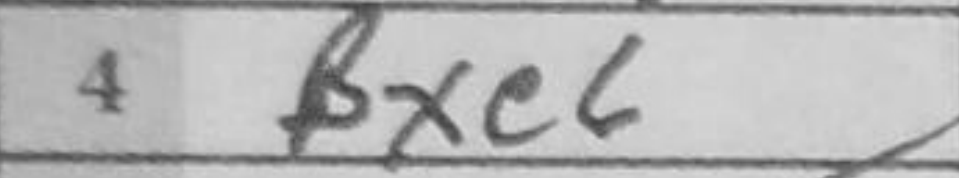
Transcription: Bxe6